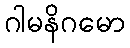
ဂါမနိဂမော